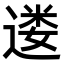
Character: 𫐷